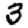
Digit: 3